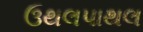
ઉથલપાથલ